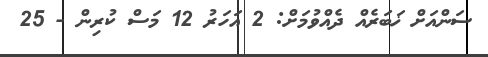
ސަންއަށް ޚަބަރެއް ދެއްވުމަށް: 2 އަހަރު 12 މަސް ކުރިން - 25